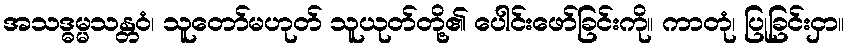
အသဒ္ဓမ္မသန္တဝံ၊ သူတော်မဟုတ် သူယုတ်တို့၏ ပေါင်းဖော်ခြင်းကို။ ကာတုံ၊ ပြုခြင်းငှာ။